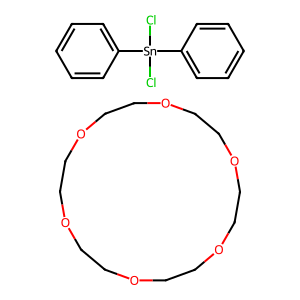
SMILES: C1COCCOCCOCCOCCOCCO1.Cl[Sn](Cl)(c1ccccc1)c1ccccc1
Inhibits HIV replication: No